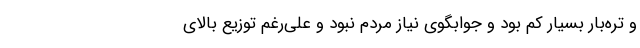
و تره‌بار بسیار کم بود و جوابگوی نیاز مردم نبود و علی‌رغم توزیع بالای